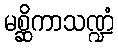
မစ္ဆိကာသဏ္ဍံ